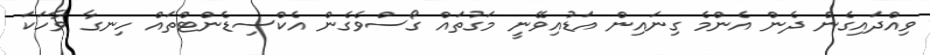
ވިއްދައިގެން ދެން އެންމެ ގިނައިން އަޑުއިވޭނީ މަގުތައް ގޯސްވެގެން އެެކްސިޑެންޓްތައް ހިނގާ ވާހަކަ